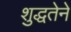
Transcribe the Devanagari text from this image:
शुद्धतेने